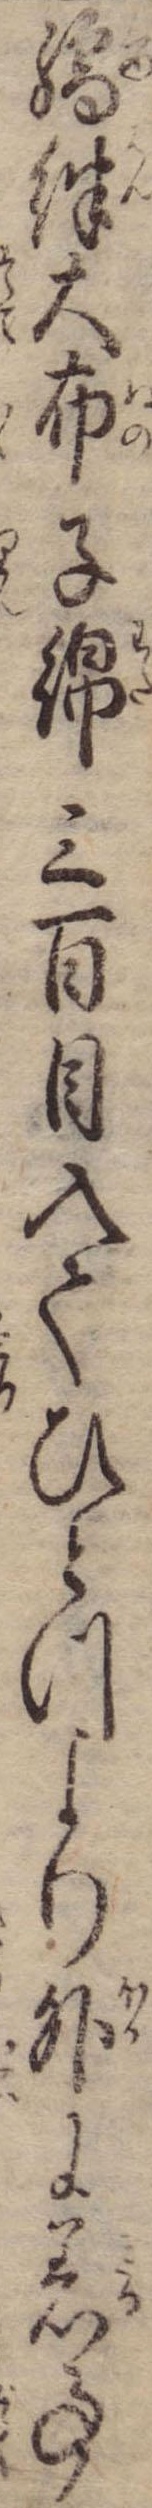
繻絆大布子綿三百目入てひとつより外に着事